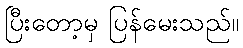
ပြီးတော့မှ ပြန်မေးသည်။